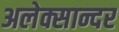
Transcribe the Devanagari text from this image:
अलेक्सान्दर